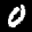
Label: 0